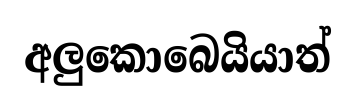
අලුකොබෙයියාත්